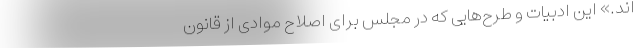
اند.» این ادبیات و طرح‌هایی که در مجلس برای اصلاح موادی از قانون